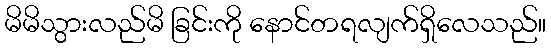
မိမိသွားလည်မိ ခြင်းကို နောင်တရလျက်ရှိလေသည်။